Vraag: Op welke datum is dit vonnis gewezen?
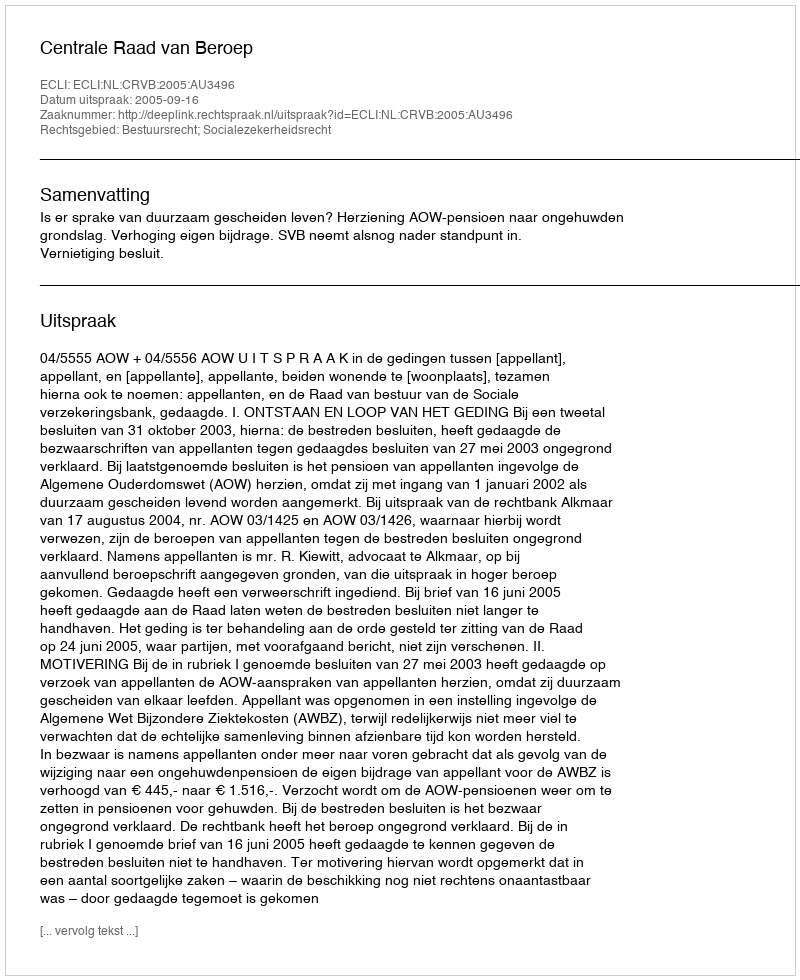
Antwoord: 2005-09-16